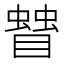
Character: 𥋅